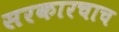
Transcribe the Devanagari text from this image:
सरकारचाच